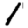
Digit: 1